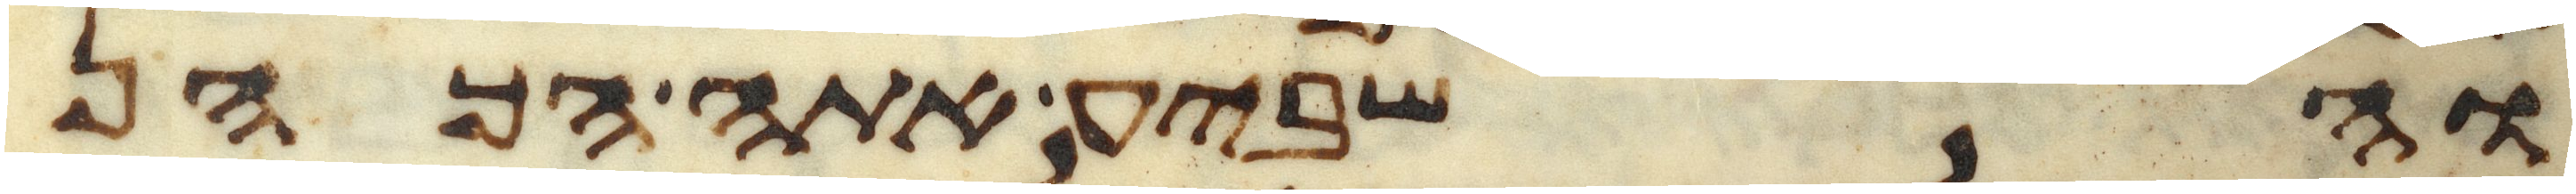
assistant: והשביע אתה הכהן